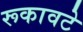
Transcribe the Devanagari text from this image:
रूकावटे